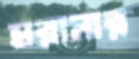
ঘরানার